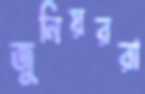
জুনিয়ররা